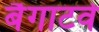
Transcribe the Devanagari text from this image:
बैगाटवे